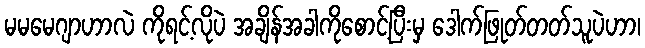
မမမေဂျာဟာလဲ ကိုရင့်လိုပဲ အချိန်အခါကိုစောင့်ပြီးမှ ဒေါက်ဖြုတ်တတ်သူပဲဟာ၊